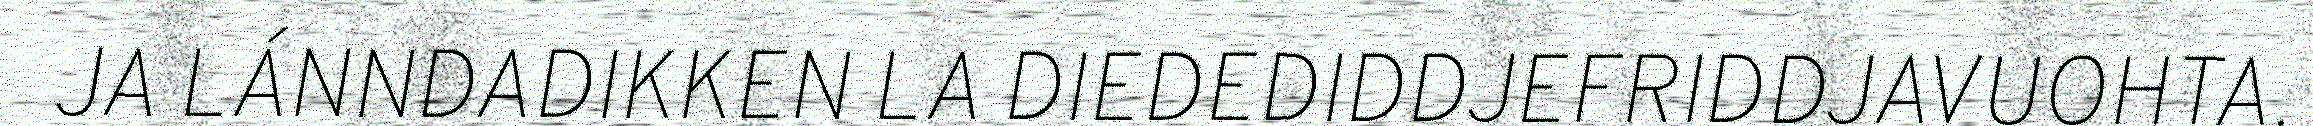
JA LÁNNDADIKKEN LA DIEDEDIDDJEFRIDDJAVUOHTA.